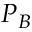
P _ { B }